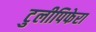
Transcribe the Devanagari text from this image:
टुलीपिफेरा